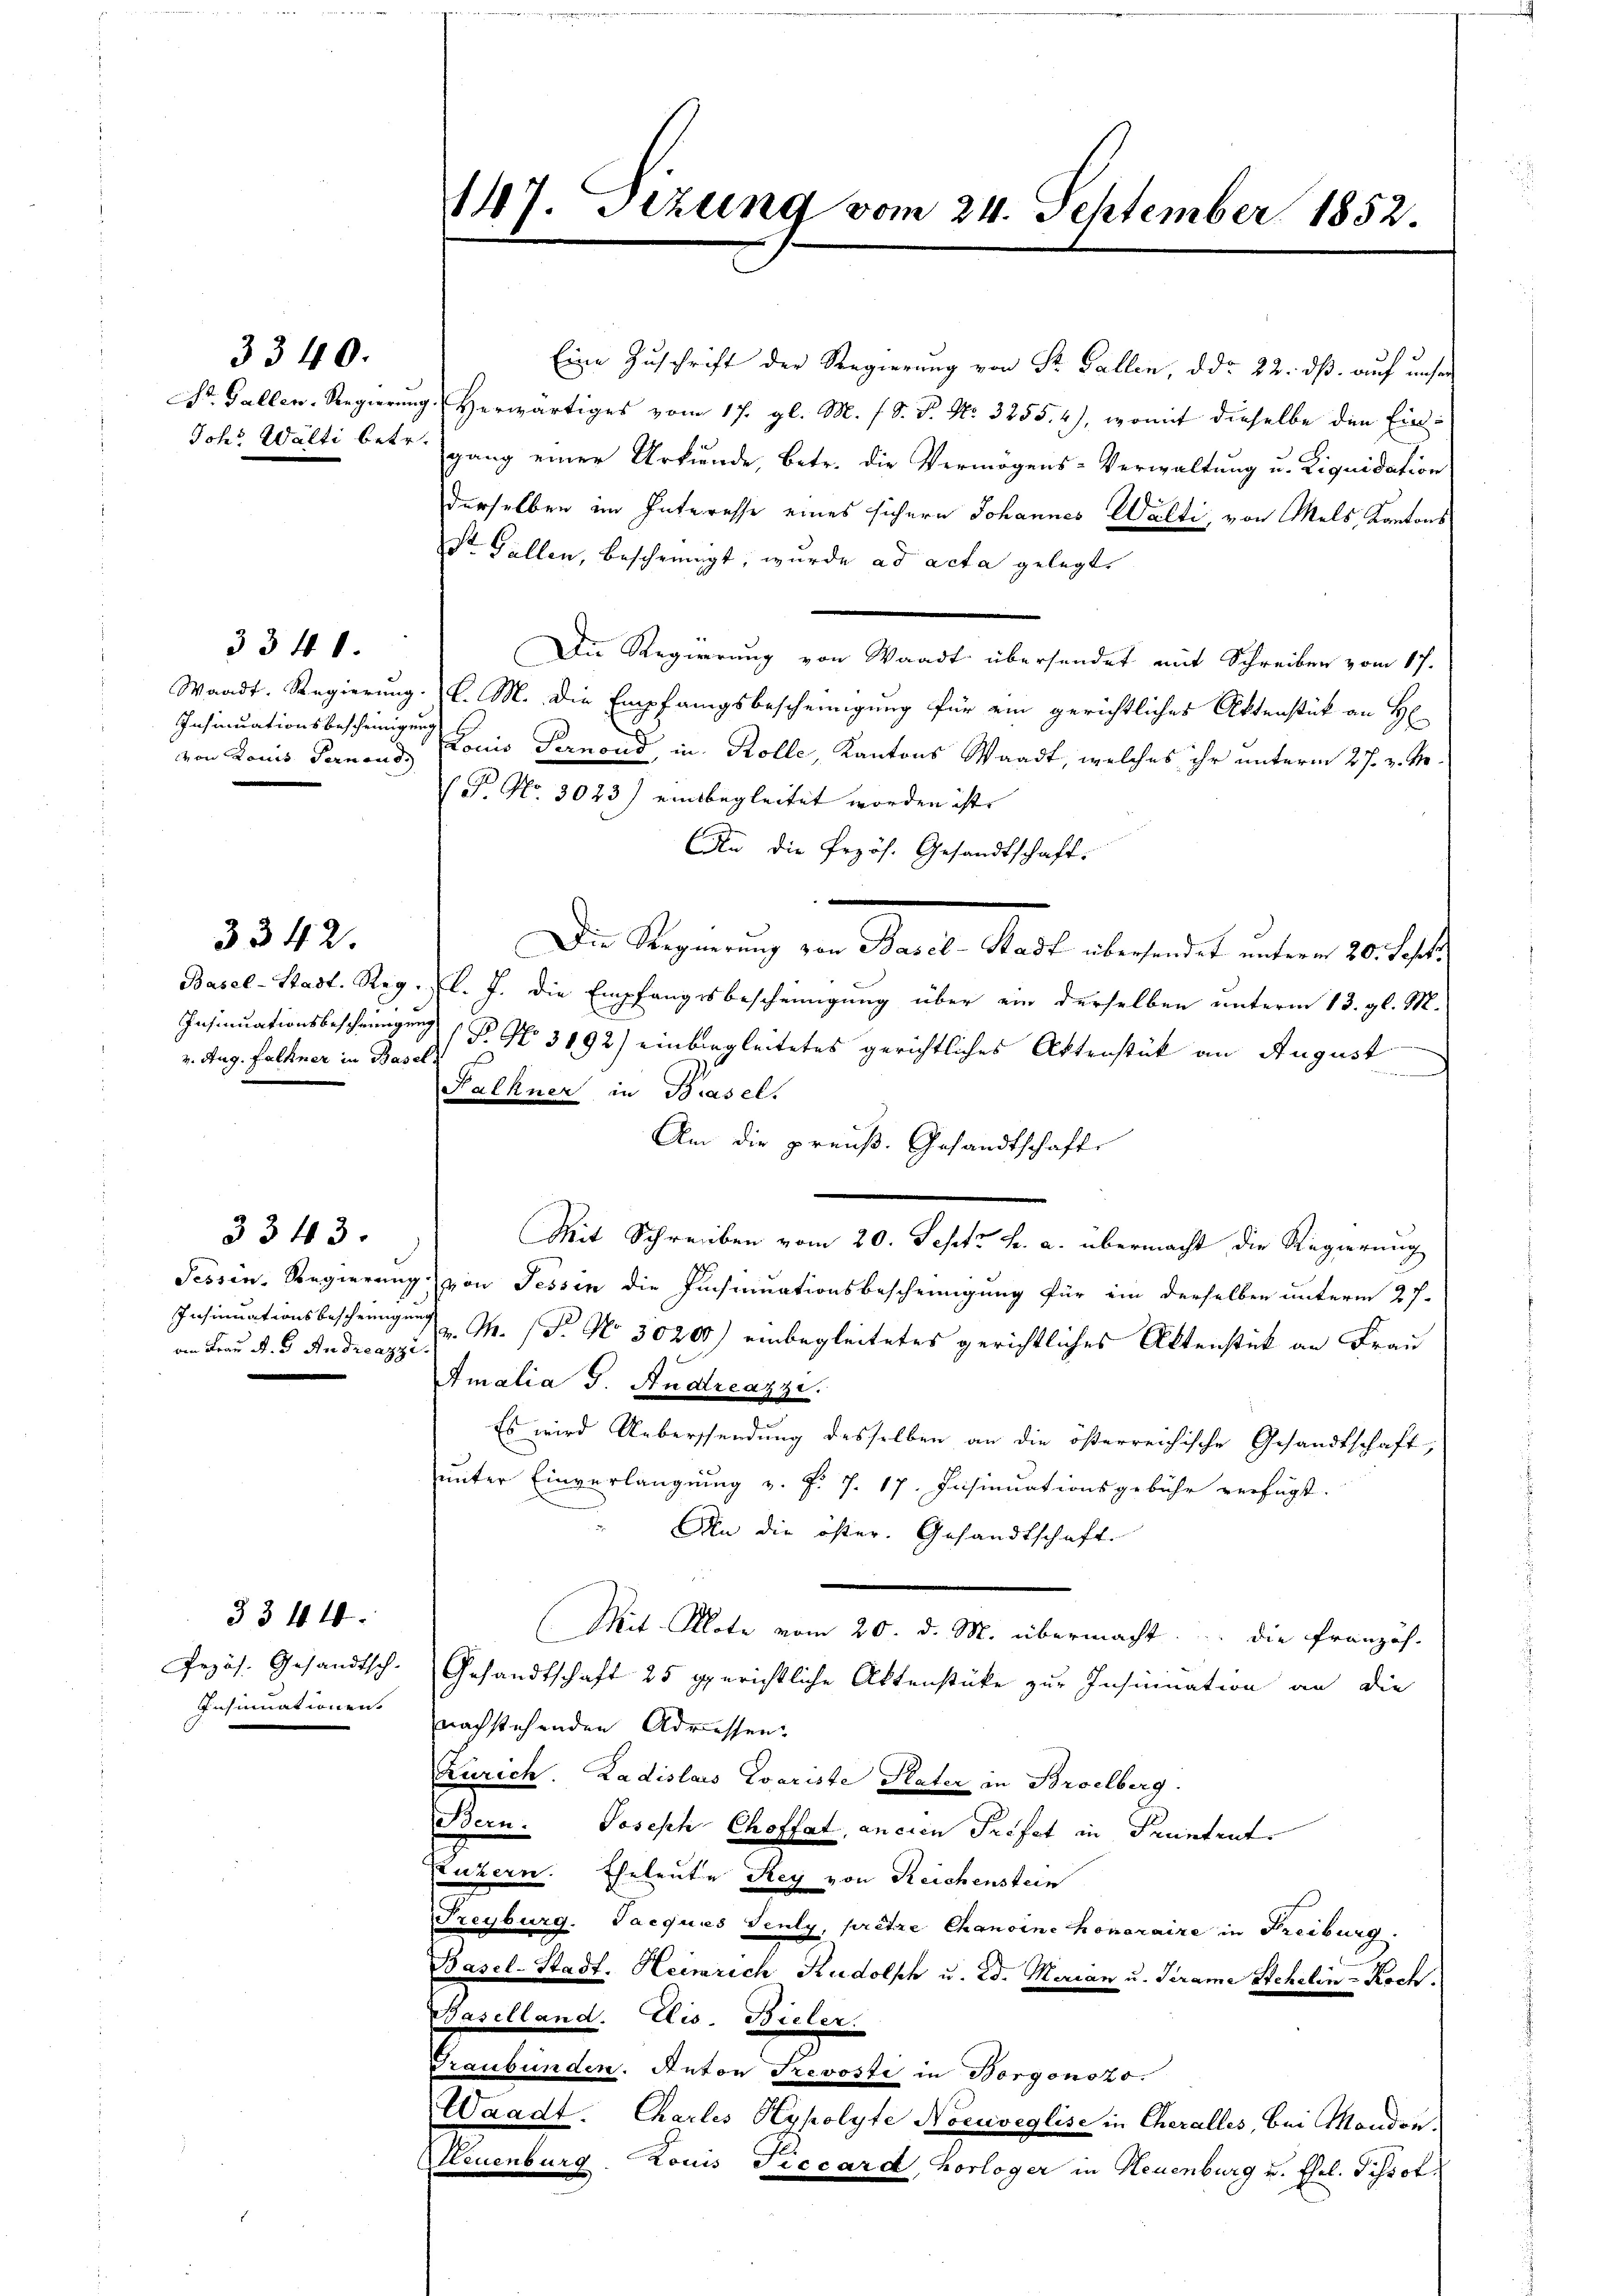
3340.

3341.
Insinuationsbescheinigung

3342.

2. Aug. Falkner in Basel

on Frau A. G. Andreazzi

3343.

3344.
Pezös. Gesandtsch-
Insinuationen.

Eine Zuschrift der Regierung von Sr. Gallen, d. d. 22. dß auf unser
Dr. Gallen-Regierung herwärtiges vom 17. gl. M. s. S. P. Nr. 3255. 2), womit dieselbe den Ein
Johs. Walti betr. ganz einer Urkunde, betr. die Vermögens-Verwaltung u. Liquidation
derselben im Interesse eines sichern Johannes Walti, von Mels, Kantons
St. Gallen, bescheinigt, wurde ad acta gelegt,
Die Regierung von Waadt übersendet mit Schreiben vom 17.
Waadt. Regierung l. M. die Empfangsbescheinigung für ein gerichtliches Aktenstück an H
von Louis Farnend Konis Pernond, in Rolle, Kantons Waadt, welches ihr unterm 27. v. M.
(F. No. 3023) einsbegleitet worden ist.
An die Przös. Gesandtschaft.
.
Die Regierung von Basel-Stadt übersendet unterm 20. Sept
Basel-Stadt. Reg. l. J. die Empfangsbescheinigung über ein derselben unterm 13. gl. M.
Insinuationsbeschringung (B. No 3192) einbegleitetes gerichtliches Aktenstück an August
Falkner in Basel.
Am die preuß. Gesandtschafts
Mit Schreiben vom 20. Sept. h. a. übermacht die Regierung
Tessin, Regierung von Tessin die Insinuationsbescheinigung für ein derselben unterm 27.
Insinuationsbeschringung M. (T. No 30200) einbegleitetes gerichtliches Aktenstück an Frau
Amalia J. Andreazzi.
Es wird Uebersendung desselben an die österreichische Gesandtschaft,
unter Einverlangung v. J. J. 17. Insinuationsgebühr verfügt.
An die öster. Gesandtschaft.
Mit Klote vom 20. d. M. übermacht. Die Französ.
Gesandtschaft 25 gerichtliche Aktenstücke zur Insinuation an die
nachstehenden Adressen.
Zürich. Ladislaus Zvariste Plater in Broelberg.
Bern. Joseph Choffat, ancien Profes in Feuntent
uzern. Eheleute Sey von Reichenstein
Freyburg. Tacquis Teuly, pretze Chanoine honoraire in Freiburg.
Basel-Stadt. Heinrich Rudolph u. Ed. Marian u. Terame Stehelin - Roch.
Baselland. Eis. Bieler.
Graubünden. Anton Trevosti in Borgonszo.
Waadt. Chartes Hypolyte Nocuveglise in Cheralles, bei Monden.
Neuenburg. Louis Ficcard, Horloger in Neuenburg u. Ehel. Tissot.

147. Sitzung vom 24. September 1852.